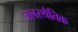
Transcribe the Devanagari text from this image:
जलस्थैतिक